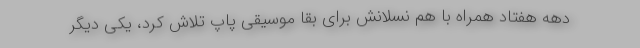
دهه هفتاد همراه با هم نسلانش برای بقا موسیقی پاپ تلاش کرد، یکی دیگر